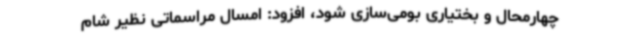
چهارمحال و بختیاری بومی‌سازی شود، افزود: امسال مراسماتی نظیر شام